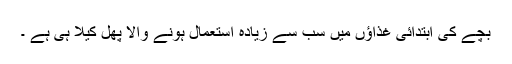
بچے کی ابتدائی غذاؤں میں سب سے زیادہ استعمال ہونے والا پھل کیلا ہی ہے ۔